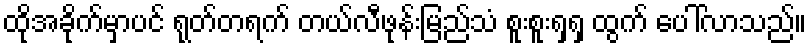
ထိုအခိုက်မှာပင် ရုတ်တရက် တယ်လီဖုန်းမြည်သံ စူးစူးရှရှ ထွက် ပေါ်လာသည်။